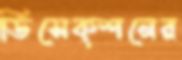
ডিসেক্শনের